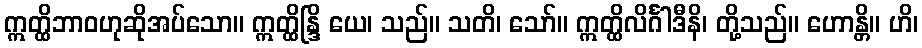
ဣတ္ထိဘာဝဟုဆိုအပ်သော။ ဣတ္ထိန္ဒြိ ယေ၊ သည်။ သတိ၊ သော်။ ဣတ္ထိလိင်္ဂါဒီနိ၊ တို့သည်။ ဟောန္တိ။ ဟိ၊